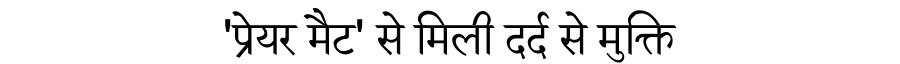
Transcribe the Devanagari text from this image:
'प्रेयर मैट' से मिली दर्द से मुक्ति